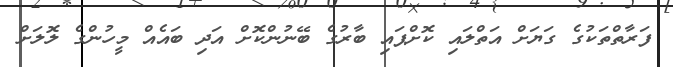
ފަރާތްތަކުގެ ގަޔަށް އަތްލައި ކޮށްޕައި ބާރުގެ ބޭނުންކޮށް އަދި ބައެއް މީހުންގެ ލޮލަށް